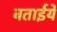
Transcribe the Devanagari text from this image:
बताईये